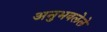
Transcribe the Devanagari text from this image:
अनुभवलेले